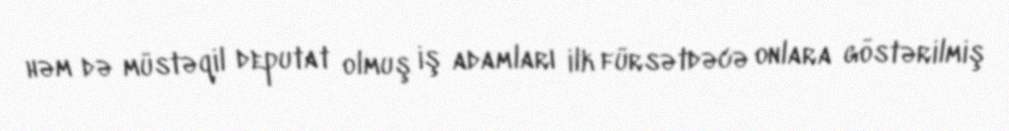
həm də müstəqil deputat olmuş iş adamları ilk fürsətdəcə onlara göstərilmiş